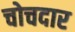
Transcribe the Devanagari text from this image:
चोचदार